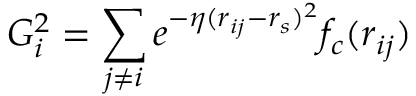
G _ { i } ^ { 2 } = \sum _ { j \neq i } e ^ { - \eta ( r _ { i j } - r _ { s } ) ^ { 2 } } f _ { c } ( r _ { i j } )